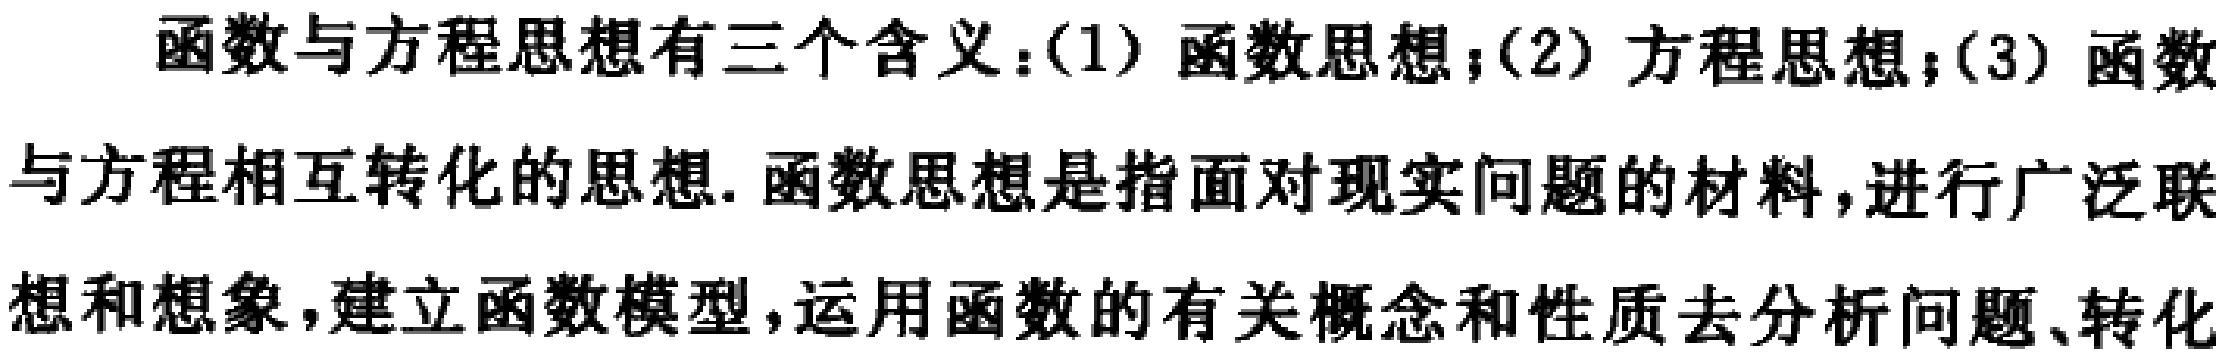
函数与方程思想有三个含义：(1) 函数思想；(2) 方程思想；(3) 函数与方程相互转化的思想. 函数思想是指面对现实问题的材料，进行广泛联想和想象，建立函数模型，运用函数的有关概念和性质去分析问题、转化